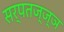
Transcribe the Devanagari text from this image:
सर्पतज्ज्ञ